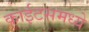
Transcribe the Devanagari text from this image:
काईटसमध्ये